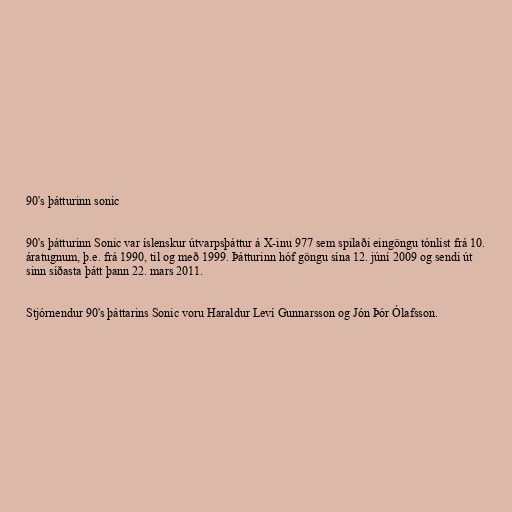
90's þátturinn sonic

90's þátturinn Sonic var íslenskur útvarpsþáttur á X-inu 977 sem spilaði eingöngu tónlist frá 10.
áratugnum, þ.e. frá 1990, til og með 1999. Þátturinn hóf göngu sína 12. júní 2009 og sendi út
sinn síðasta þátt þann 22. mars 2011.

Stjórnendur 90's þáttarins Sonic voru Haraldur Leví Gunnarsson og Jón Þór Ólafsson.